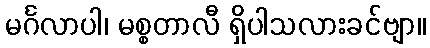
မင်္ဂလာပါ၊ မစ္စတာလီ ရှိပါသလားခင်ဗျာ။